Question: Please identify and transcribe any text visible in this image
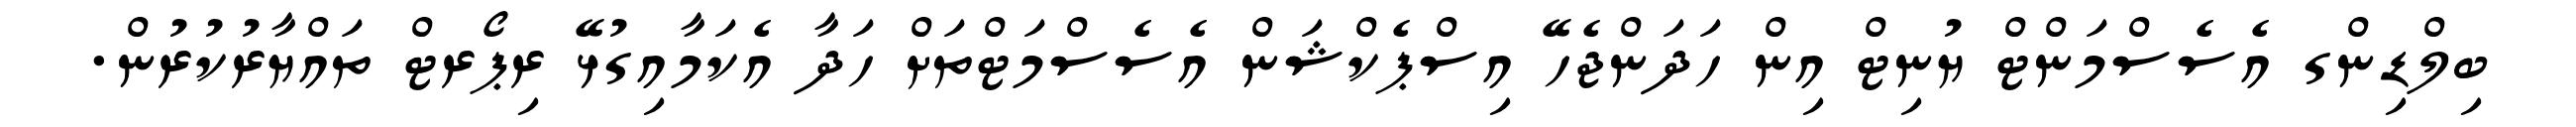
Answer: ބިލްޑިންގ އެސެސްމަންޓް ޔުނިޓް އިން ހަދަންޖެހޭ އިސްޕެކްޝަން އެސެސްމަޓްތަށް ހަދާ އެކަމާއިގުޅޭ ރިޕޯރޓް ތައްޔާރުކުރުން.